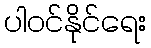
ပါဝင်နိုင်ရေး